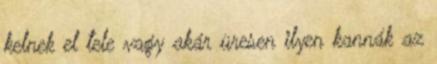
kelnek el tele vagy akár üresen ilyen kannák az